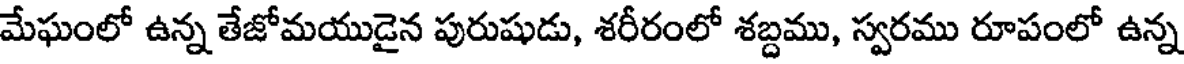
మేఘంలో ఉన్న తేజోమయుడైన పురుషుడు, శరీరంలో శబ్దము, స్వరము రూపంలో ఉన్న